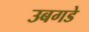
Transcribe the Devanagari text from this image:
उबगडे